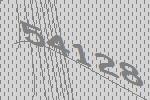
54128